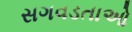
સગવડતાઓ